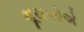
શૂરાઓએ